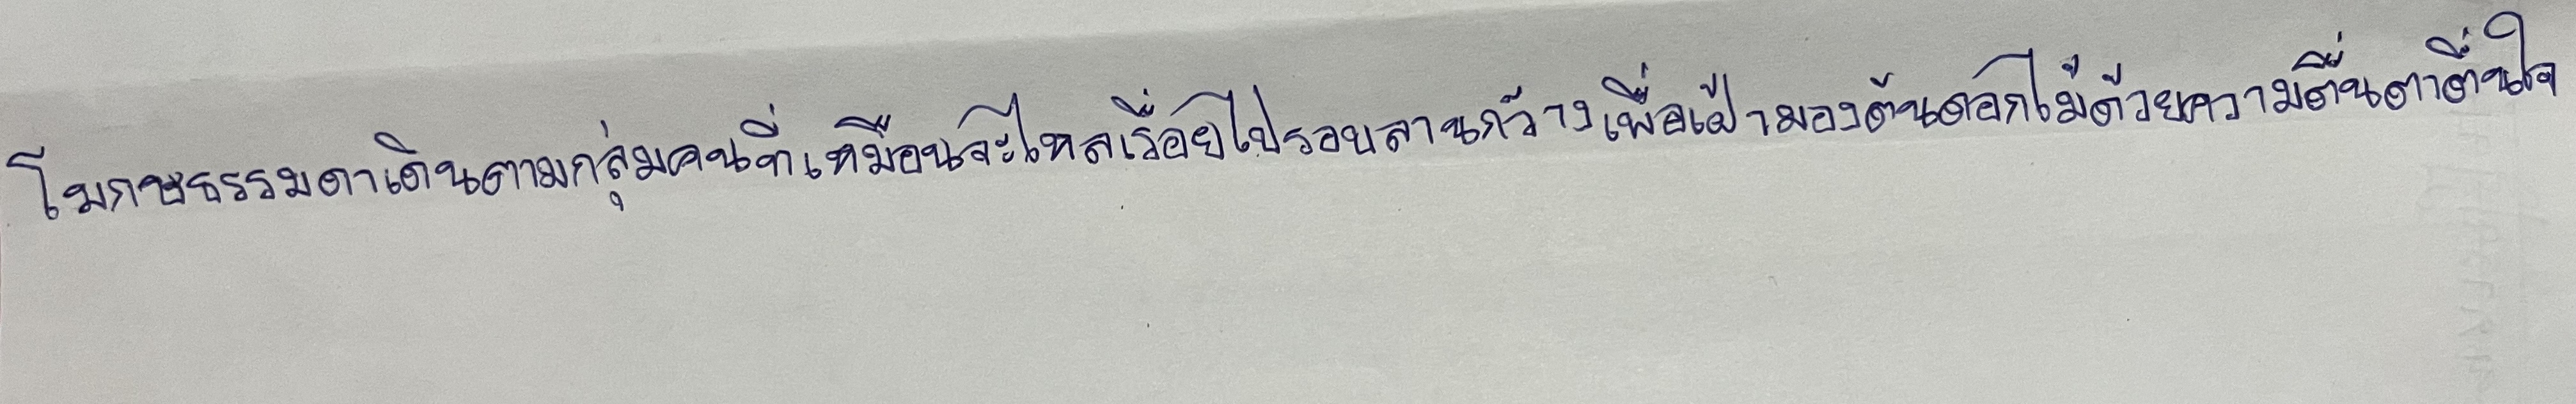
โมกษธรรมเดินตามกลุ่มคนที่เหมือนจะไหลเรื่อยไปรอบลานกว้างเพื่อเฝ้ามองต้นดอกไม้ด้วยความตื่นตาตื่นใจ